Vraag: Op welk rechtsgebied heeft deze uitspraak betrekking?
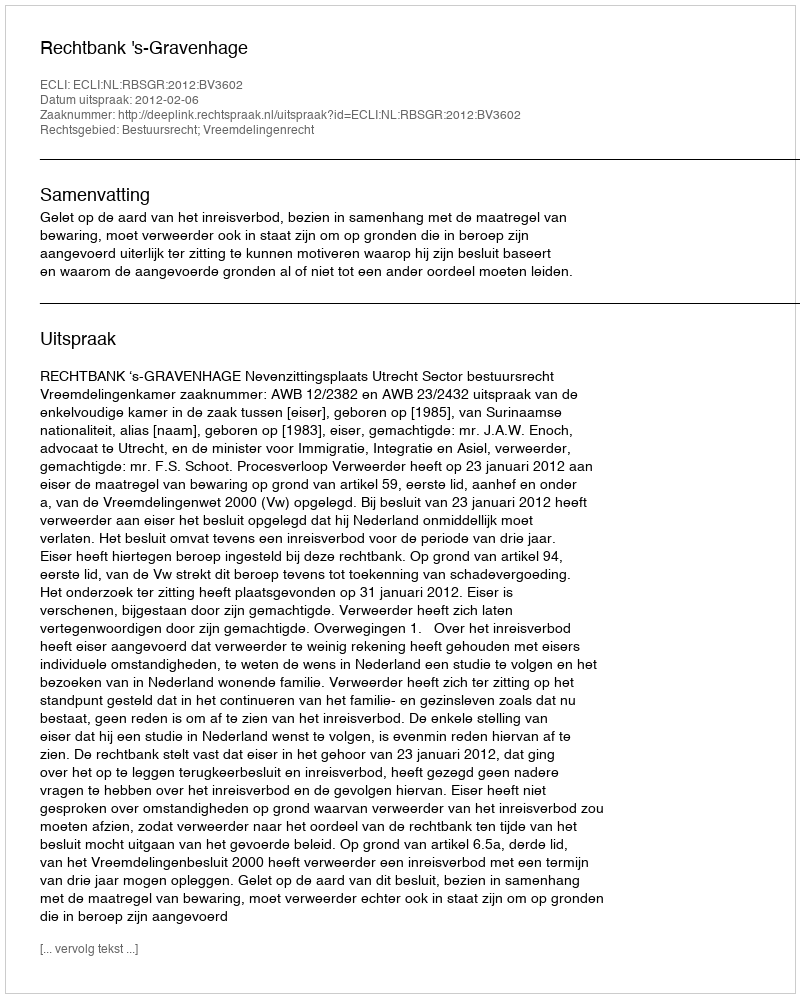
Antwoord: Bestuursrecht; Vreemdelingenrecht